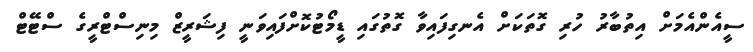
ސީއެންއެމަށް އިތުބާރު ހުރި ގޮތަކަށް އެނގިފައިވާ ގޮތުގައި ޑީމޯޓުކޮށްފައިވަނީ ފިޝަރީޒް މިނިސްޓްރީގެ ސްޓޭޓް